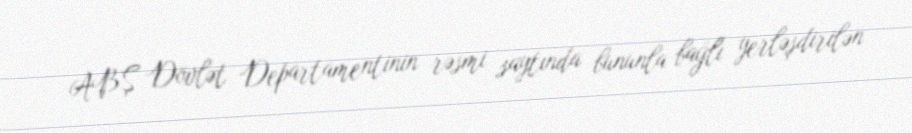
ABŞ Dövlət Departamentinin rəsmi saytında bununla bağlı yerləşdirilən